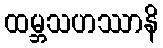
ထမ္ဘသဟဿာနိ